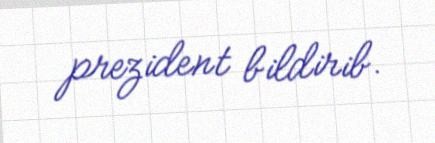
prezident bildirib.